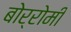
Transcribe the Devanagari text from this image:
बोर्रोमी